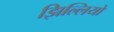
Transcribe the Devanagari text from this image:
झिल्‍लियों